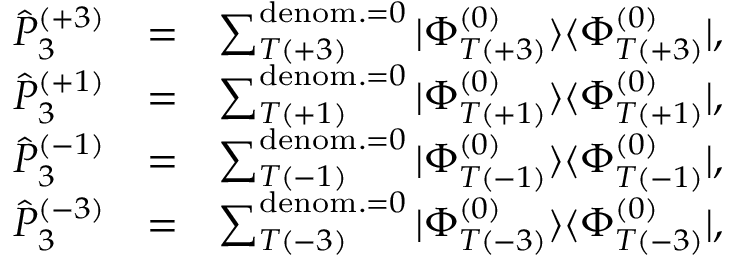
\begin{array} { r l r } { \hat { P } _ { 3 } ^ { ( + 3 ) } } & { = } & { \sum _ { T ( + 3 ) } ^ { { \mathrm { d e n o m . } = 0 } } | \Phi _ { T ( + 3 ) } ^ { ( 0 ) } \rangle \langle \Phi _ { T ( + 3 ) } ^ { ( 0 ) } | , } \\ { \hat { P } _ { 3 } ^ { ( + 1 ) } } & { = } & { \sum _ { T ( + 1 ) } ^ { { \mathrm { d e n o m . } = 0 } } | \Phi _ { T ( + 1 ) } ^ { ( 0 ) } \rangle \langle \Phi _ { T ( + 1 ) } ^ { ( 0 ) } | , } \\ { \hat { P } _ { 3 } ^ { ( - 1 ) } } & { = } & { \sum _ { T ( - 1 ) } ^ { { \mathrm { d e n o m . } = 0 } } | \Phi _ { T ( - 1 ) } ^ { ( 0 ) } \rangle \langle \Phi _ { T ( - 1 ) } ^ { ( 0 ) } | , } \\ { \hat { P } _ { 3 } ^ { ( - 3 ) } } & { = } & { \sum _ { T ( - 3 ) } ^ { { \mathrm { d e n o m . } = 0 } } | \Phi _ { T ( - 3 ) } ^ { ( 0 ) } \rangle \langle \Phi _ { T ( - 3 ) } ^ { ( 0 ) } | , } \end{array}